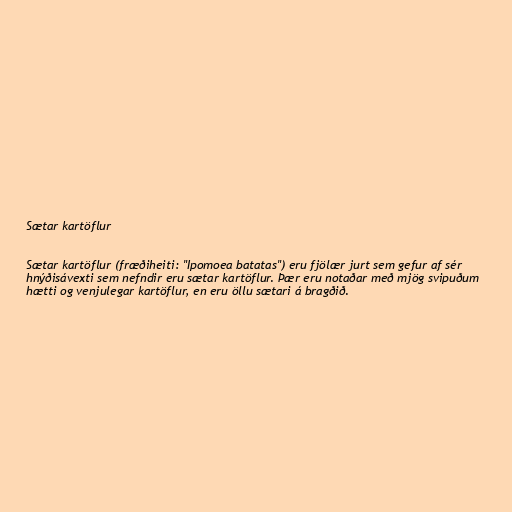
Sætar kartöflur

Sætar kartöflur (fræðiheiti: "Ipomoea batatas") eru fjölær jurt sem gefur af sér
hnýðisávexti sem nefndir eru sætar kartöflur. Þær eru notaðar með mjög svipuðum
hætti og venjulegar kartöflur, en eru öllu sætari á bragðið.